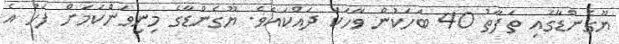
ޔޫގެންޑާގައި ތަފާތު 40 ބަހަކުން ވާހަކަ ދައްކައެވެ. ޔޫގެންޑާގެ މިނިވަންކަމަށް ފަހު އެ